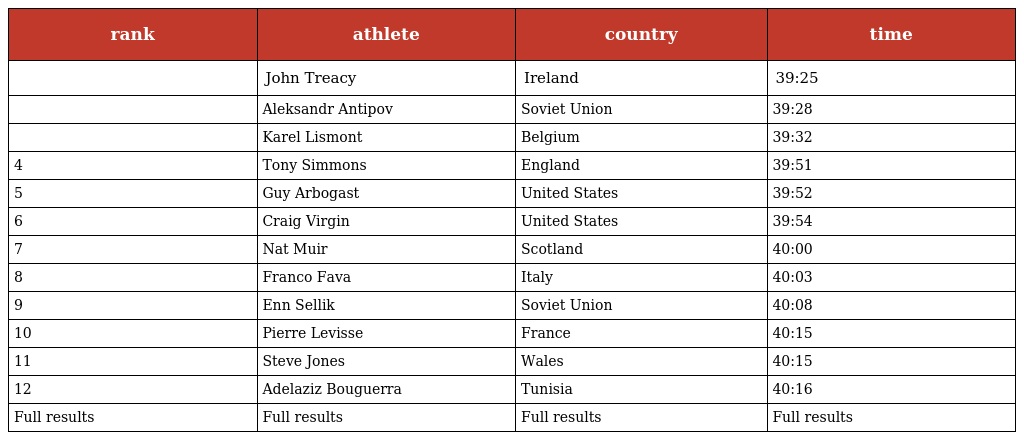
| rank | athlete | country | time |
 | --- | --- | --- | --- |
 |  | John Treacy | Ireland | 39:25 |
 |  | Aleksandr Antipov | Soviet Union | 39:28 |
 |  | Karel Lismont | Belgium | 39:32 |
 | 4 | Tony Simmons | England | 39:51 |
 | 5 | Guy Arbogast | United States | 39:52 |
 | 6 | Craig Virgin | United States | 39:54 |
 | 7 | Nat Muir | Scotland | 40:00 |
 | 8 | Franco Fava | Italy | 40:03 |
 | 9 | Enn Sellik | Soviet Union | 40:08 |
 | 10 | Pierre Levisse | France | 40:15 |
 | 11 | Steve Jones | Wales | 40:15 |
 | 12 | Adelaziz Bouguerra | Tunisia | 40:16 |
 | Full results | Full results | Full results | Full results |